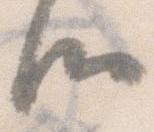
候